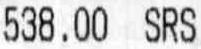
538.00 SRS